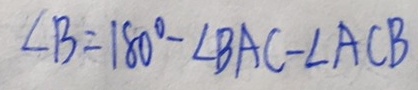
\angle B = 1 8 0 ^ { \circ } - \angle B A C - \angle A C B